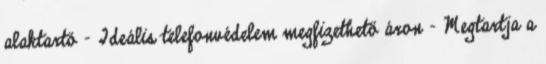
alaktartó - Ideális telefonvédelem megfizethető áron - Megtartja a